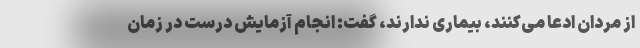
از مردان ادعا می‌کنند، بیماری ندارند، گفت: انجام آزمایش درست در زمان